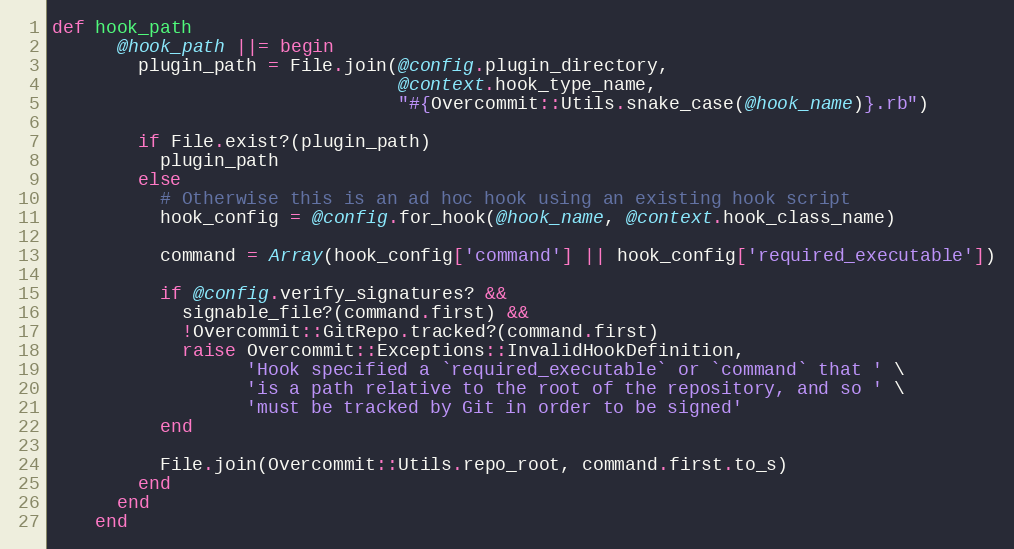
Language: Ruby
def hook_path
      @hook_path ||= begin
        plugin_path = File.join(@config.plugin_directory,
                                @context.hook_type_name,
                                "#{Overcommit::Utils.snake_case(@hook_name)}.rb")

        if File.exist?(plugin_path)
          plugin_path
        else
          # Otherwise this is an ad hoc hook using an existing hook script
          hook_config = @config.for_hook(@hook_name, @context.hook_class_name)

          command = Array(hook_config['command'] || hook_config['required_executable'])

          if @config.verify_signatures? &&
            signable_file?(command.first) &&
            !Overcommit::GitRepo.tracked?(command.first)
            raise Overcommit::Exceptions::InvalidHookDefinition,
                  'Hook specified a `required_executable` or `command` that ' \
                  'is a path relative to the root of the repository, and so ' \
                  'must be tracked by Git in order to be signed'
          end

          File.join(Overcommit::Utils.repo_root, command.first.to_s)
        end
      end
    end